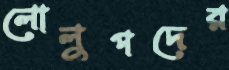
লোলুপদের